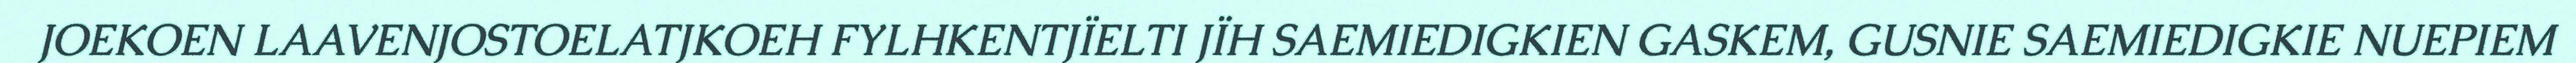
JOEKOEN LAAVENJOSTOELATJKOEH FYLHKENTJÏELTI JÏH SAEMIEDIGKIEN GASKEM, GUSNIE SAEMIEDIGKIE NUEPIEM